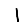
Digit: 1